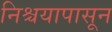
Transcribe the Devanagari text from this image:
निश्चयापासून